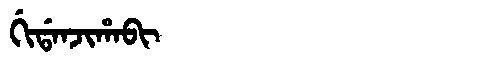
Manchu: ᡤᡳᡩᠠᠨᠵᡳᡥᠠᠪᡳ
Romanization: GIDANJIHABI